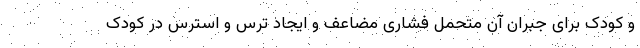
و کودک برای جبران آن متحمل فشاری مضاعف و ایجاد ترس و استرس در کودک